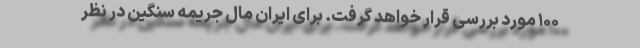
۱۰۰ مورد بررسی قرار خواهد گرفت. برای ایران مال جریمه سنگین در نظر